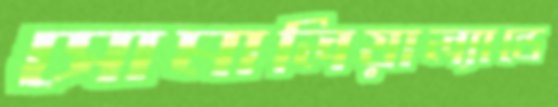
সোমালিয়াল্যান্ডে